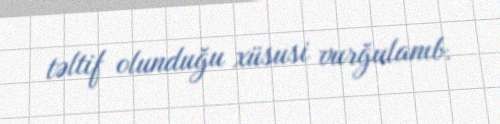
təltif olunduğu xüsusi vurğulanıb.